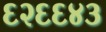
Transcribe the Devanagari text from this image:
६२६६४३